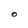
Character: O